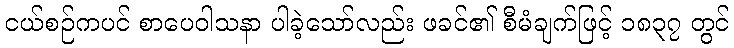
ငယ်စဉ်ကပင် စာပေဝါသနာ ပါခဲ့သော်လည်း ဖခင်၏ စီမံချက်ဖြင့် ၁၈၃၇ တွင်